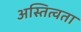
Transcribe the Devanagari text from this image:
अस्तित्वता